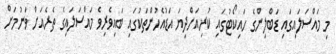
މި މައްސަލައިގައި ޑަބްލިންގެ ހައިކޯޓުގައި ކުރިއަށްދިޔަ އަޑުއެހުންތަކުގައި ބައިވެރިވެ މައްސަލައިގެ ތެރެއަށް ވަނުމަށް